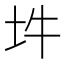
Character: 𡉯